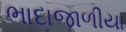
ભાદાજાળીયા